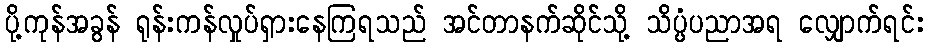
ပို့ကုန်အခွန် ရုန်းကန်လှုပ်ရှားနေကြရသည် အင်တာနက်ဆိုင်သို့ သိပ္ပံပညာအရ လျှောက်ရင်း